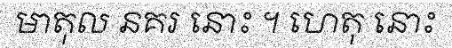
មាតុល នគរ នោះ ។ ហេតុ នោះ